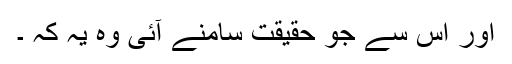
اور اس سے جو حقیقت سامنے آئی وہ یہ کہ ۔